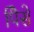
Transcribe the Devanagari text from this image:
पैिसे